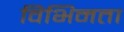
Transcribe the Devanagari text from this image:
विभिनता